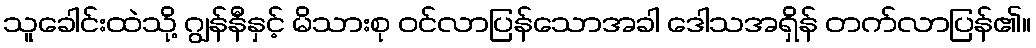
သူခေါင်းထဲသို့ ဂျွန်နီနှင့် မိသားစု ဝင်လာပြန်သောအခါ ဒေါသအရှိန် တက်လာပြန်၏။